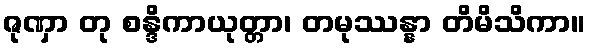
ဇုဏှာ တု စန္ဒိကာယုတ္တာ၊ တမုဿန္နာ တိမိသိကာ။